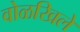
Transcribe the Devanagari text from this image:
वोळखिले